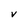
Character: V